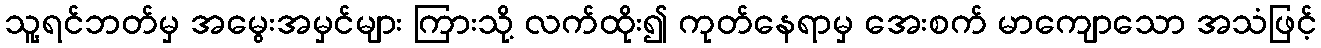
သူ့ရင်ဘတ်မှ အမွေးအမှင်များ ကြားသို့ လက်ထိုး၍ ကုတ်နေရာမှ အေးစက် မာကျောသော အသံဖြင့်